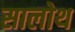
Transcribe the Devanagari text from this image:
सालोथ